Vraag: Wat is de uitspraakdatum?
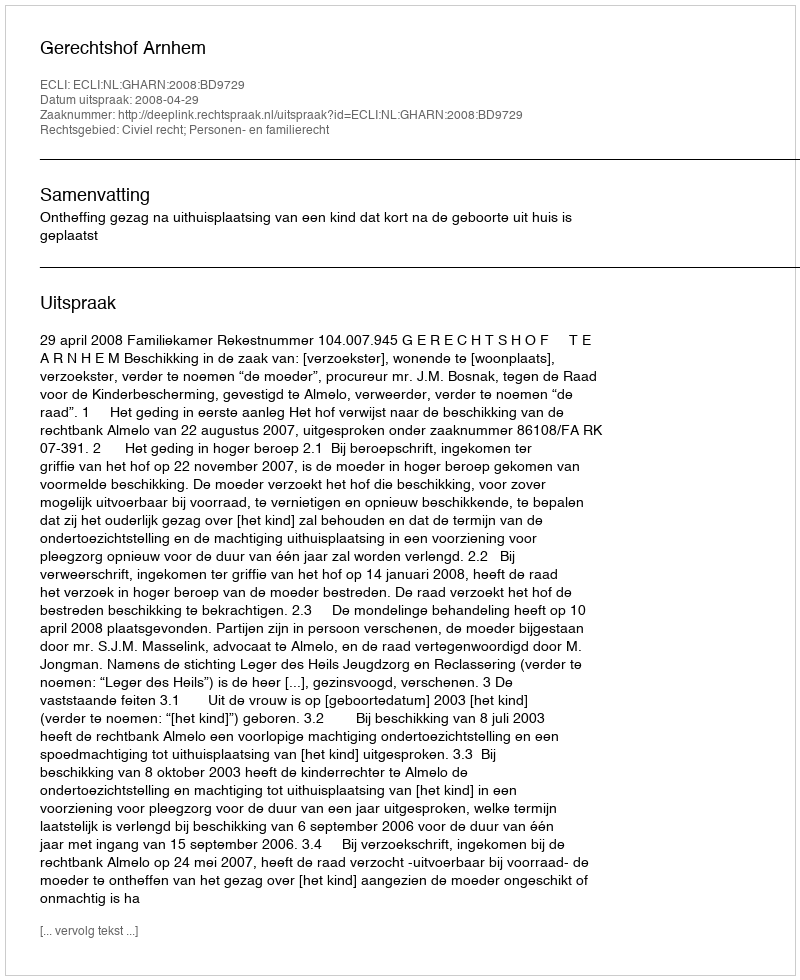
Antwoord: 2008-04-29